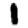
Digit: 1